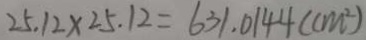
2 5 . 1 2 \times 2 5 . 1 2 = 6 3 1 . 0 1 4 4 ( c m ^ { 2 } )